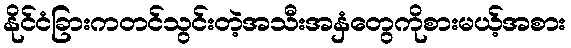
နိုင်ငံခြားကတင်သွင်းတဲ့အသီးအနှံတွေကိုစားမယ့်အစား